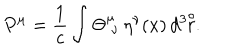
P ^ { \mu } = \frac { 1 } { c } \int \Theta _ { \; \nu } ^ { \mu } \, \eta ^ { \nu } ( x ) \, d ^ { 3 } \! \! \stackrel { \circ } { r } .